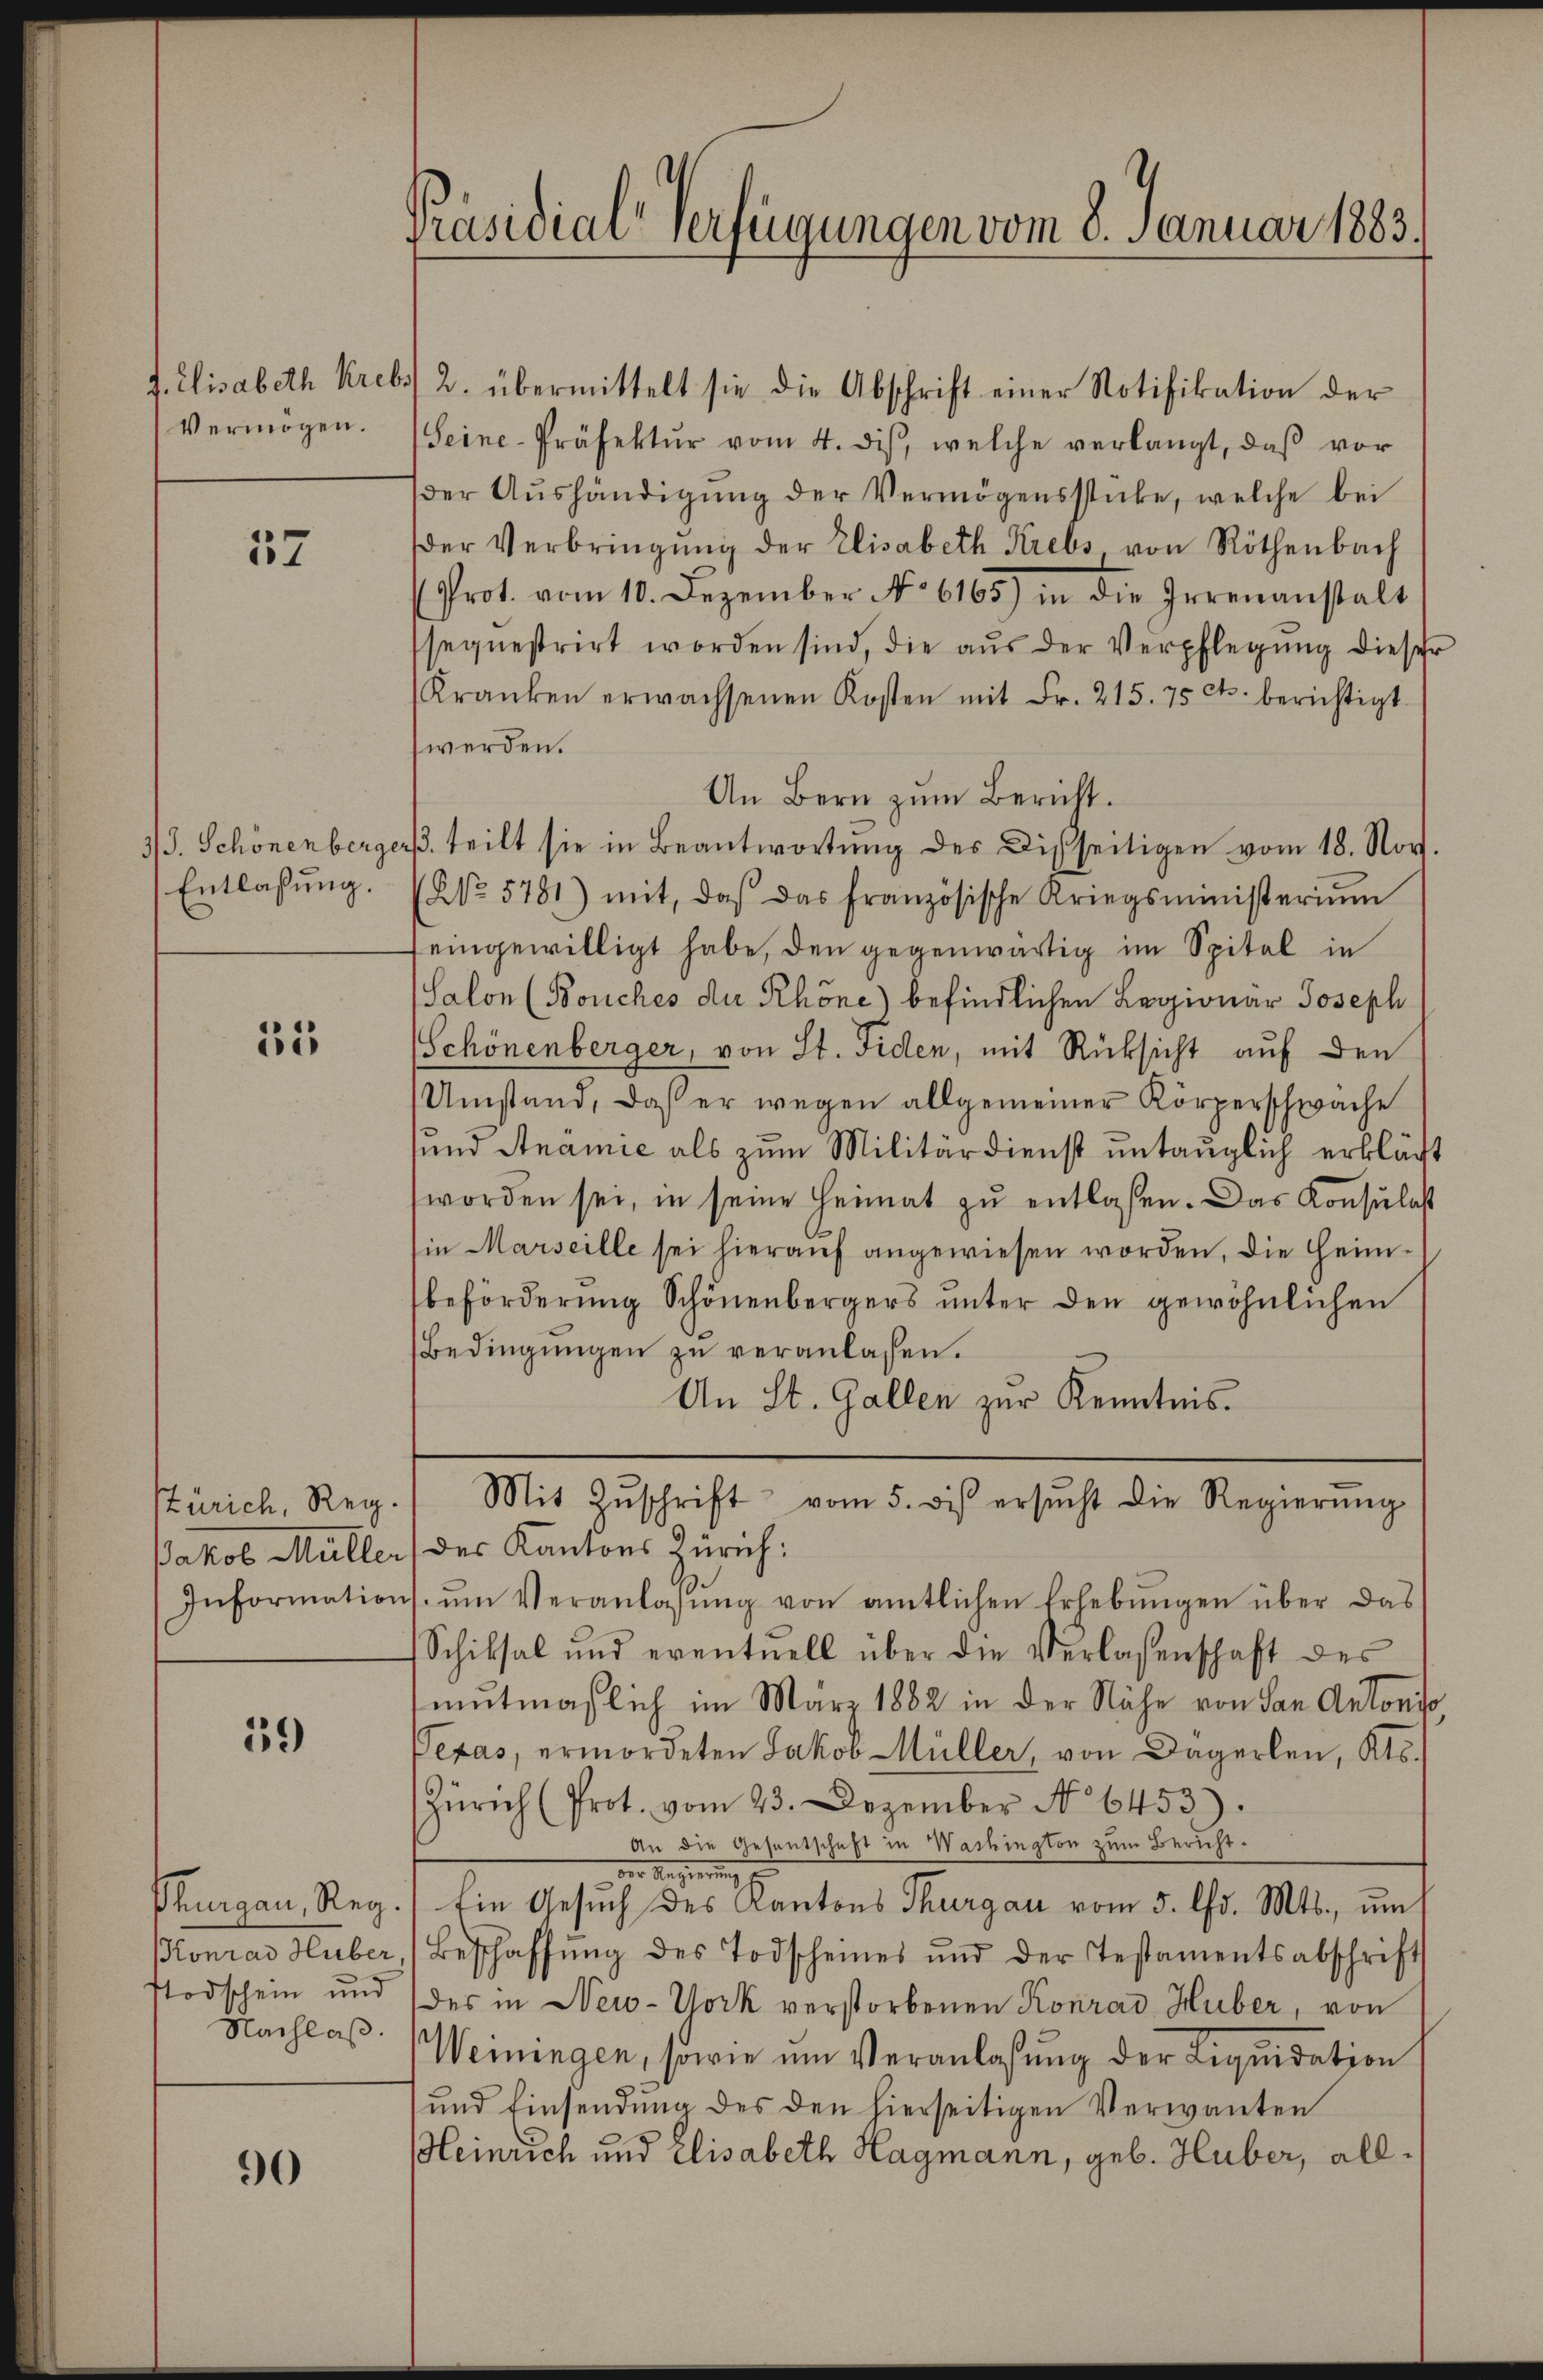
Vermögen.

157

Entlaßung.

35

19)

Todschein und
Nachlaß.

90

4. Elisabeth Krebs 2. übermittelt sie die Abschrift einer Notifikation der
(Seine-Präfektŭr vom 4. dis, welche verlangt, daβ vor
der Aŭshändigŭng der Vermögensstücke, welche bei
der Verbringŭng der Elisabeth Krebs, von Röthenbach
Prot. vom 10. Dezember No 6165) in die Irrenanstalt
sequestrirt worden sind, die aŭs der Verpflegŭng dieser
Kranken erwachsenen Kosten mit Fr. 215. 75 cts. berichtigt.
werden.
An Bern zum Bericht.
3/J. Schönenberger teilt sie in Beantwortŭng des Disseitigen vom 18. Nov.
(No. 5781) mit, daß das französische Kriegsministerium
feingewilligt habe, den gegenwärtig im Spital in
(Salon (Bouches der Rhone) befindlichen Legionar Joseph
Schönenberger, von St. Fiden, mit Rüksicht auf den
Umstand, daß er wegen allgemeiner Körperschwäche
sund Anämie als zum Militärdienst untauglich erklärt
worden sei, in seine Heimat zu entlaßen. Das Konsulast
in Marseille sei hierauf angewiesen worden, die Heimbeförderung Schönenbergers unter den gewöhnlichen
Bedingŭngen zu veranlassen.
An St. Gallen zur Kenntnis.
Zürich, Reg. Mit Zŭschrift vom 5. bis ersŭcht die Regierŭng
Jakob Müller des Kantons Zürich:
Informations ŭm Veranlassŭng von amtlichen Erhebŭngen über das
Schiksal und eventuell über die Verlassenschaft des
mutmaßlich im März 1882 in der Nähe von San Antoniso
Pexas, ermordeten Jakob Müller, von Dägerlen, Kts.
Zürich (Prot. vom 23. Dezember No 6453).
An die Gesentschaft in Washington zum Bericht.
der Regierun
Thurgau, Reg. Ein Gesŭch des Kantons Thurgau vom 5. ds. Mts., ŭm
Konrad Huber, Beschaffŭng des Todscheines und der Testamentsabschrift
des in New-York verstorbenen Konrad Huber, von
Weiningen, sowie um Veranlassung der Liquidation
und Einsendŭng des den hierseitigen Verwanten
Heinrich und Elisabeth Hagmann, geb. Huber, all¬

Präsidial-Verfügungen vom 8. Januar 1883.